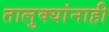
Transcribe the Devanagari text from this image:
तालुक्यांनाही